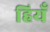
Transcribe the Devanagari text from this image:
हियँ